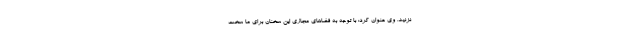
نزنید. وی عنوان کرد: با توجه به فضاهای مجازی این سخنان برای ما سخت